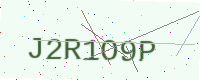
Text: J2R1O9P